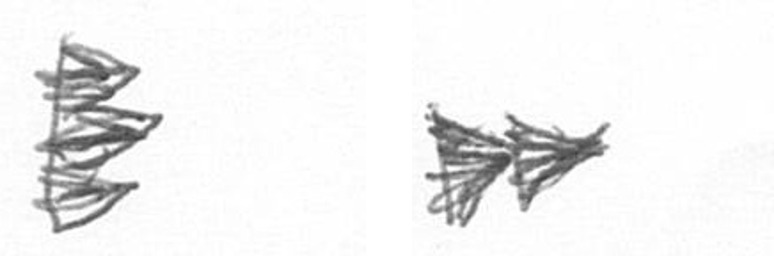
H A